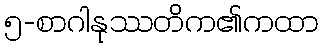
၅-စာဂါနုဿတိက၏ကထာ